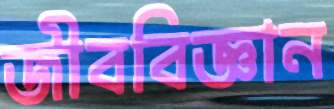
জীববিজ্ঞান